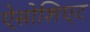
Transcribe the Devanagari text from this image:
ऐसोशिएट